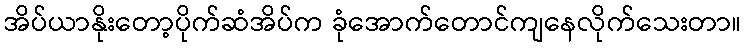
အိပ်ယာနိုးတော့ပိုက်ဆံအိပ်က ခုံအောက်တောင်ကျနေလိုက်သေးတာ။